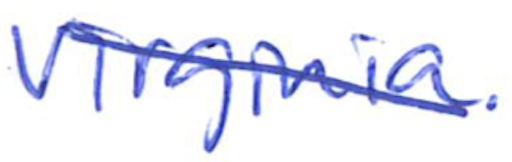
Text: Virginia.
Cross-out: diagonal
Writing tool: ballpoint